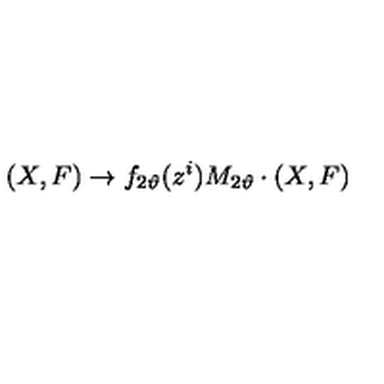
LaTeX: ( X , F ) \rightarrow f _ { 2 \vartheta } ( z ^ { i } ) { M } _ { 2 \vartheta } \cdot ( X , F )